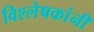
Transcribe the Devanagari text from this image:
विश्लेषकांनी